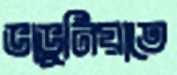
ভাভুনিয়াতে